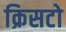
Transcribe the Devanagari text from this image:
क्रिसटो